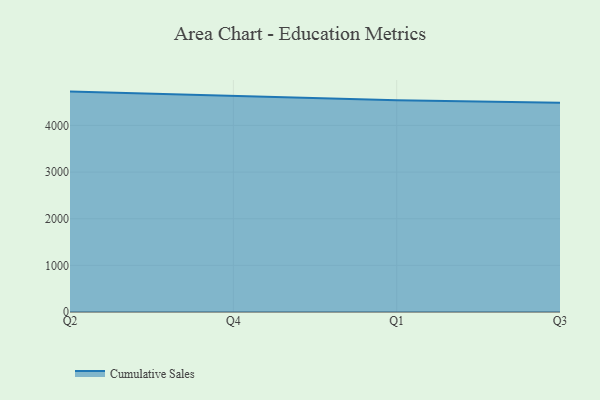
{"axis": {"x": "Quarter", "y": "Active Users"}, "legend": ["Cumulative Sales"], "data": [{"x": "Q2", "y": 4725.4, "type": "Cumulative Sales"}, {"x": "Q4", "y": 4627.6, "type": "Cumulative Sales"}, {"x": "Q1", "y": 4540.7, "type": "Cumulative Sales"}, {"x": "Q3", "y": 4487.0, "type": "Cumulative Sales"}]}